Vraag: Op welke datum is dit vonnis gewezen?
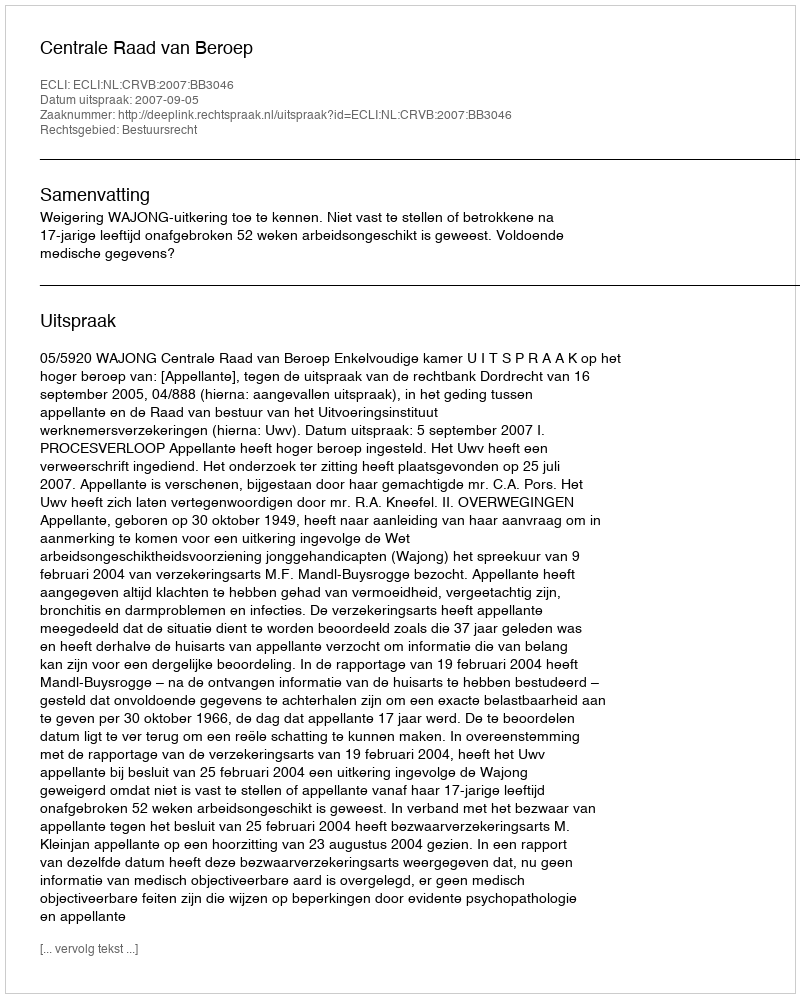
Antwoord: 2007-09-05